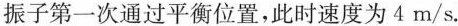
振子第一次通过平衡位置，此时速度为4m/s。